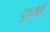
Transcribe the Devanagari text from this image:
वृध्धी